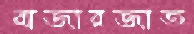
বাজারজাত